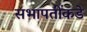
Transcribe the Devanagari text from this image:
सभापतींकडे